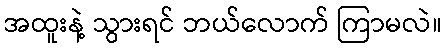
အထူးနဲ့ သွားရင် ဘယ်လောက် ကြာမလဲ။